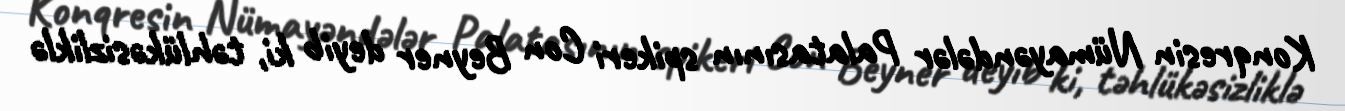
Konqresin Nümayəndələr Palatasının spikeri Con Beyner deyib ki, təhlükəsizliklə